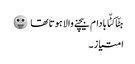
ہٹّا کٹّا بادام بیچنے والا ہوتا تھا 😛
امتیاز ۔